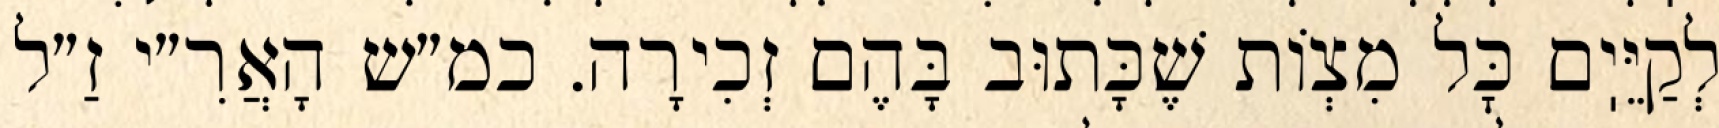
לְקַיֵּיֽם כׇּל מִצְוֹת שֶׁכָּתוּב בָּהֶם זְכִירָה. כמ״ש הָאֲרִ״י זַ״ל